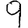
Digit: 9